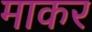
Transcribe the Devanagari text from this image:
माकर